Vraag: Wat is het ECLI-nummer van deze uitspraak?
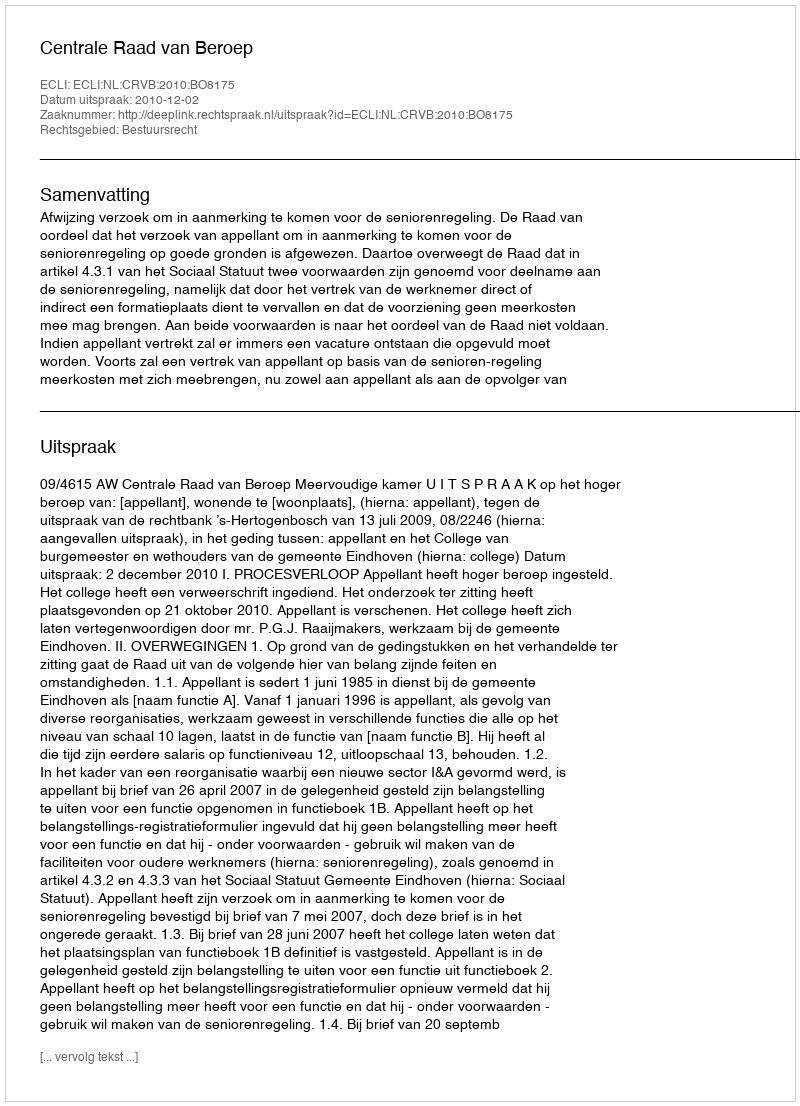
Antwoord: ECLI:NL:CRVB:2010:BO8175